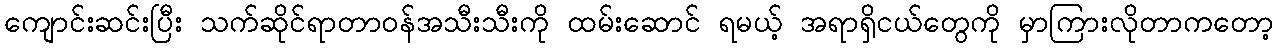
ကျောင်းဆင်းပြီး သက်ဆိုင်ရာတာဝန်အသီးသီးကို ထမ်းဆောင် ရမယ့် အရာရှိငယ်တွေကို မှာကြားလိုတာကတော့